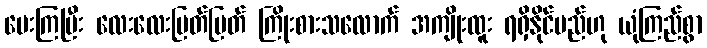
ပေးကြပြီး လေးလေးမြတ်မြတ် ကြိုးစားသလောက် အကျိုးထူး ရရှိနိုင်မည်ဟု ယုံကြည်စွာ